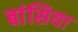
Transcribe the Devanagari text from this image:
बांसिया